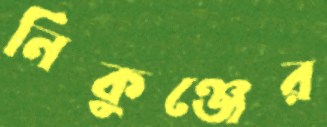
নিকুঞ্জের